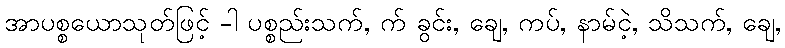
အာပစ္စယောသုတ်ဖြင့် -ါ ပစ္စည်းသက်, က် ခွင်း, ချေ, ကပ်, နာမ်ငဲ့, သိသက်, ချေ,